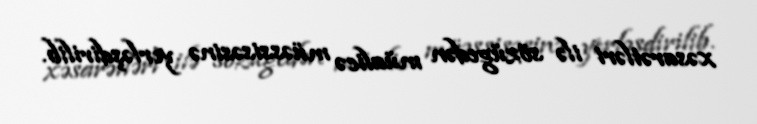
xəsarətləri ilə sözügedən müalicə müəssisəsinə yerləşdirilib.